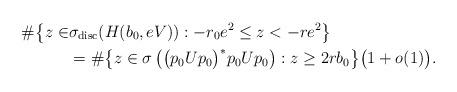
LaTeX: \begin{align*}\# \big\lbrace z \in &\sigma_\mathrm{disc} ( H(b_0,e V)) : -r_0 e^2 \leq z < -r e^2 \big\rbrace \\& = \# \big\lbrace z \in \sigma\left( \big( p_{0}Up_{0} \big)^{\ast} p_{0}Up_{0} \right) : z \geq 2 r b_0 \big\rbrace \big( 1 + o(1) \big).\end{align*}